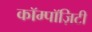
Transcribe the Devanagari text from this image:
कॉम्पॉज़िटी